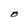
Character: O